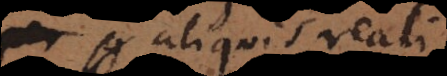
aliquis realitatis